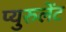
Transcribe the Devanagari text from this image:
प्युरुलेंट